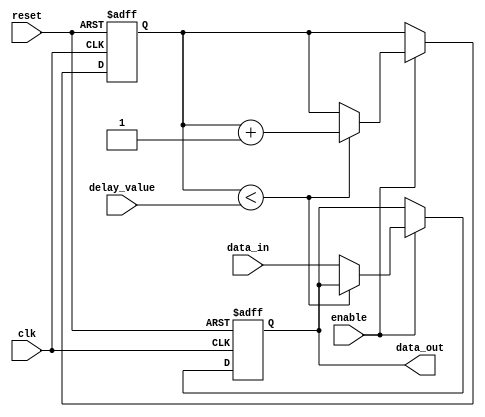
module RC_delay (
    input wire clk,
    input wire reset,
    input wire enable,
    input wire [7:0] delay_value,
    input wire data_in,
    output reg data_out
);

reg [7:0] counter;

always @(posedge clk or posedge reset) begin
    if(reset) begin
        counter <= 0;
        data_out <= 0;
    end else if(enable) begin
        if(counter < delay_value) begin
            counter <= counter + 1;
        end else begin
            data_out <= data_in;
        end
    end
end

endmodule